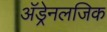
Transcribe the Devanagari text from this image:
अॅड्रेनलजिक